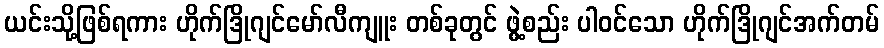
ယင်းသို့ဖြစ်ရကား ဟိုက်ဒြိုဂျင်မော်လီကျူး တစ်ခုတွင် ဖွဲ့စည်း ပါဝင်သော ဟိုက်ဒြိုဂျင်အက်တမ်